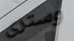
وسترى